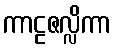
ကာဠဇလ္လိကာ